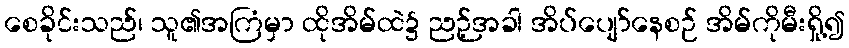
စေခိုင်းသည်၊ သူ၏အကြံမှာ ထိုအိမ်ထဲ၌ ညဉ့်အခါ အိပ်ပျော်နေစဉ် အိမ်ကိုမီးရှို့၍